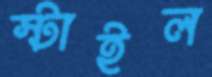
স্টাইল